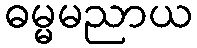
ဓမ္မမညာယ